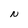
Character: N